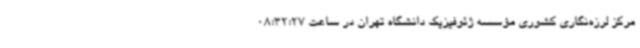
مرکز لرزه‌نگاری کشوری مؤسسه ژئوفیزیک دانشگاه تهران در ساعت 08:32:27